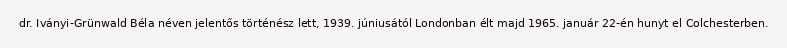
dr. Iványi-Grünwald Béla néven jelentős történész lett, 1939. júniusától Londonban élt majd 1965. január 22-én hunyt el Colchesterben.